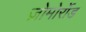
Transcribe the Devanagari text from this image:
ज़ोमोर्रोड